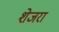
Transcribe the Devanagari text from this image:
शेजरा